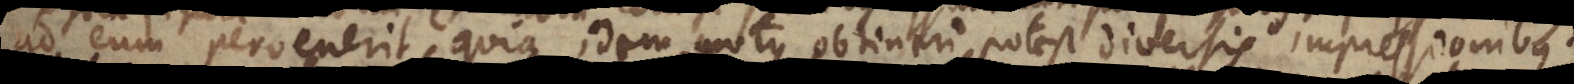
nerit, quia idem motus obtineri potest diversis impressionibus.